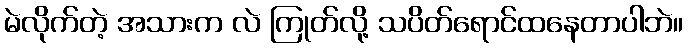
မဲလိုက်တဲ့ အသားက လဲ ကြုတ်လို့ သပိတ်ရောင်ထနေတာပါဘဲ။